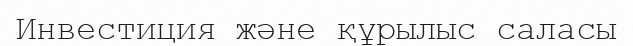
Инвестиция және құрылыс саласы